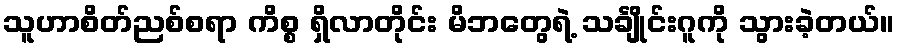
သူဟာစိတ်ညစ်စရာ ကိစ္စ ရှိလာတိုင်း မိဘတွေရဲ့ သင်္ချိုင်းဂူကို သွားခဲ့တယ်။